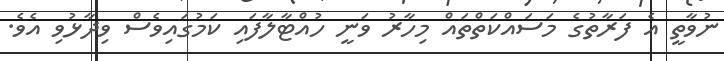
ނުވާތީ އެ ފަރާތުގެ މަސައްކަތްތައް މިހާރު ވަނީ ހުއްޓާލާފައި ކަމުގައިވެސް ވިދާޅުވި އެވެ.